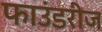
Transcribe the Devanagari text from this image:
फाउंडरीज